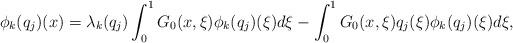
LaTeX: \begin{align*}\phi_k(q_j)(x) = \lambda_k(q_j) \int_0^1 G_0(x,\xi)\phi_k(q_j)(\xi)d\xi -\int_0^1 G_0(x,\xi) q_j(\xi) \phi_k(q_j)(\xi)d\xi,\end{align*}